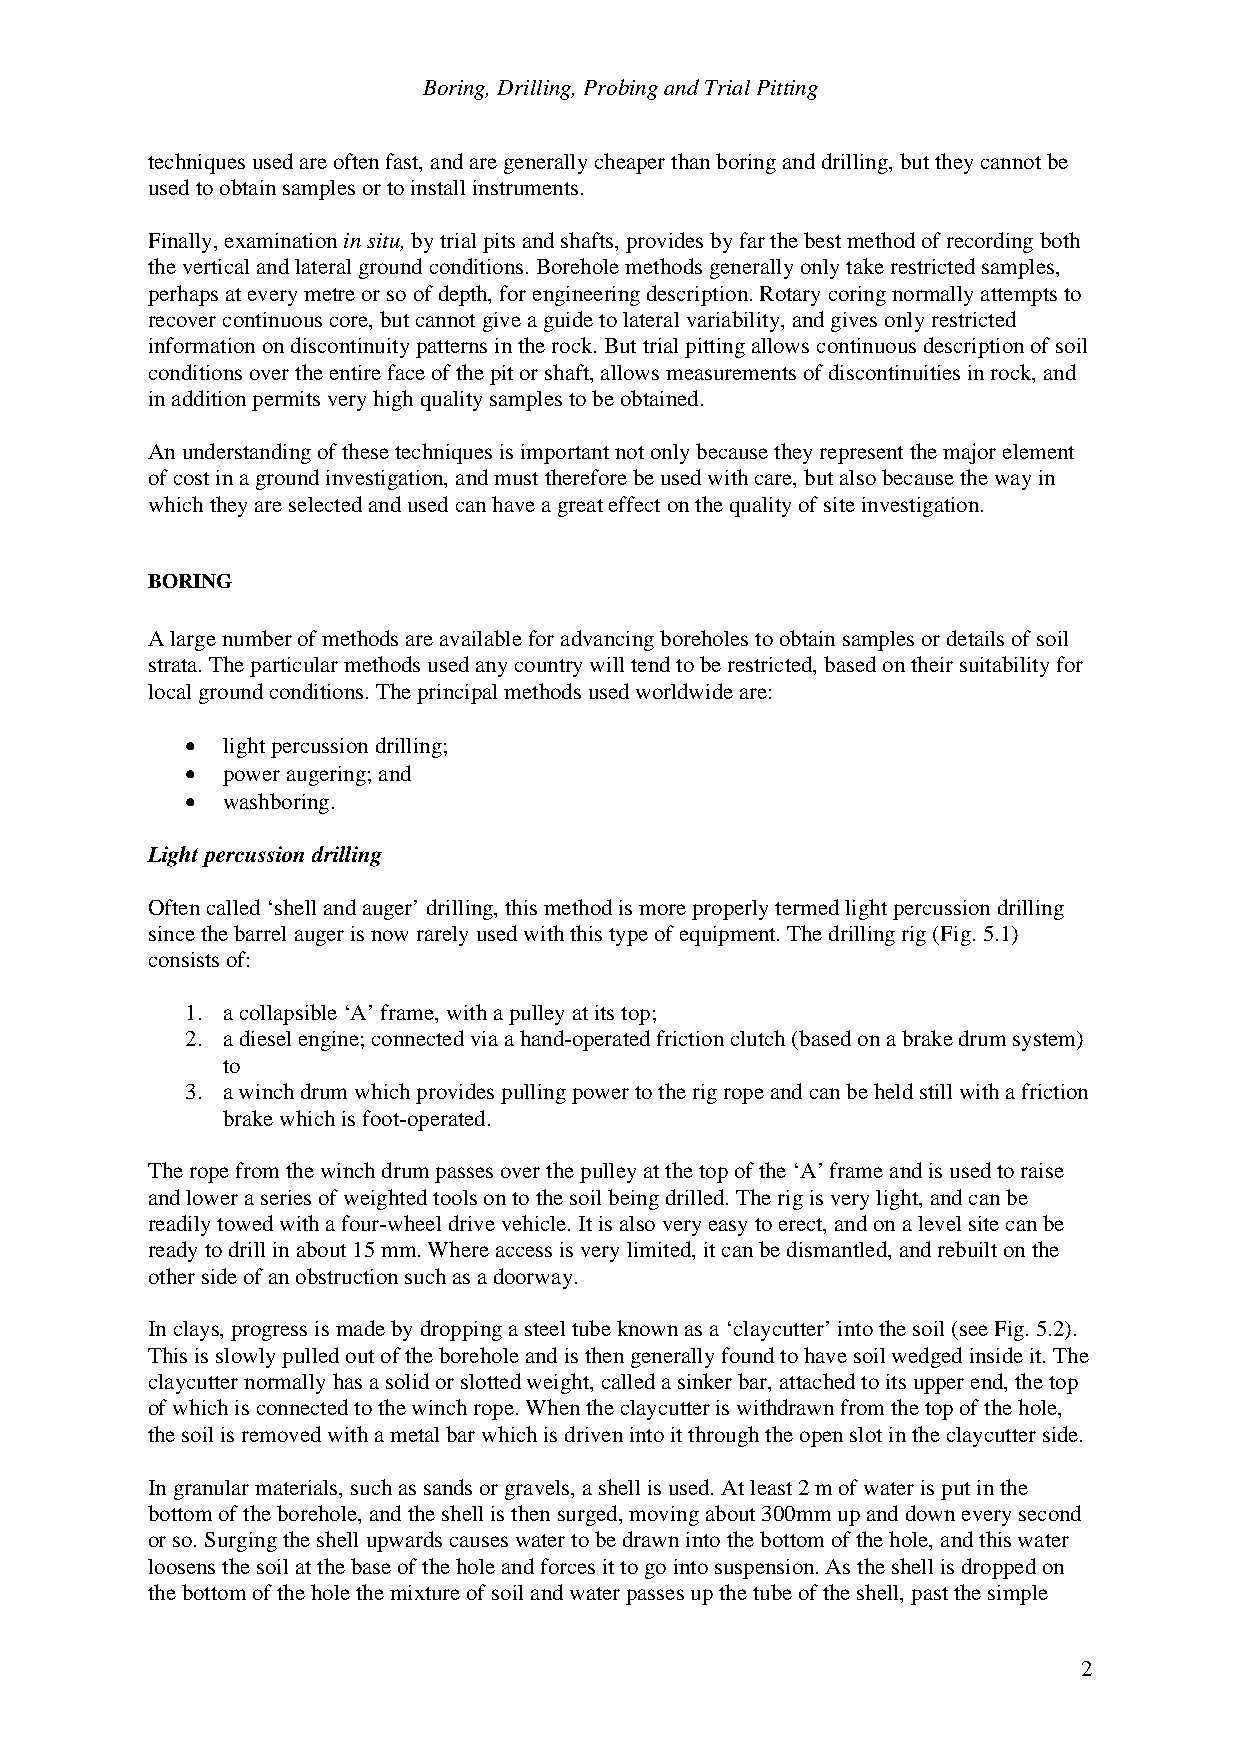
Boring, Drilling, Probing and Trial Pitting
 techniques used are often fast, and are generally cheaper than boring and drilling, but they cannot be
 used to obtain samples or to install instruments.
 Finally, examination in situ, by trial pits and shafts, provides by far the best method of recording both
 the vertical and lateral ground conditions. Borehole methods generally only take restricted samples,
 perhaps at every metre or so of depth, for engineering description. Rotary coring normally attempts to
 recover continuous core, but cannot give a guide to lateral variability, and gives only restricted
 information on discontinuity patterns in the rock. But trial pitting allows continuous description of soil
 conditions over the entire face of the pit or shaft, allows measurements of discontinuities in rock, and
 in addition permits very high quality samples to be obtained.
 An understanding of these techniques is important not only because they represent the major element
 of cost in a ground investigation, and must therefore be used with care, but also because the way in
 which they are selected and used can have a great effect on the quality of site investigation.
 BORING
 A large number of methods are available for advancing boreholes to obtain samples or details of soil
 strata. The particular methods used any country will tend to be restricted, based on their suitability for
 local ground conditions. The principal methods used worldwide are:
 •  light percussion drilling;
 •  power augering; and
 •  washboring.
 Light percussion drilling
 Often called ‘shell and auger’ drilling, this method is more properly termed light percussion drilling
 since the barrel auger is now rarely used with this type of equipment. The drilling rig (Fig. 5.1)
 consists of:
 1. a collapsible ‘A’ frame, with a pulley at its top;
 2. a diesel engine; connected via a hand-operated friction clutch (based on a brake drum system)
 to
 3. a winch drum which provides pulling power to the rig rope and can be held still with a friction
 brake which is foot-operated.
 The rope from the winch drum passes over the pulley at the top of the ‘A’ frame and is used to raise
 and lower a series of weighted tools on to the soil being drilled. The rig is very light, and can be
 readily towed with a four-wheel drive vehicle. It is also very easy to erect, and on a level site can be
 ready to drill in about 15 mm. Where access is very limited, it can be dismantled, and rebuilt on the
 other side of an obstruction such as a doorway.
 In clays, progress is made by dropping a steel tube known as a ‘claycutter’ into the soil (see Fig. 5.2).
 This is slowly pulled out of the borehole and is then generally found to have soil wedged inside it. The
 claycutter normally has a solid or slotted weight, called a sinker bar, attached to its upper end, the top
 of which is connected to the winch rope. When the claycutter is withdrawn from the top of the hole,
 the soil is removed with a metal bar which is driven into it through the open slot in the claycutter side.
 In granular materials, such as sands or gravels, a shell is used. At least 2 m of water is put in the
 bottom of the borehole, and the shell is then surged, moving about 300mm up and down every second
 or so. Surging the shell upwards causes water to be drawn into the bottom of the hole, and this water
 loosens the soil at the base of the hole and forces it to go into suspension. As the shell is dropped on
 the bottom of the hole the mixture of soil and water passes up the tube of the shell, past the simple
 2